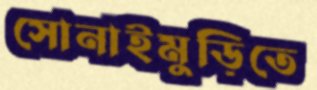
সোনাইমুড়িতে